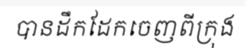
បានដឹកដែកចេញពីក្រុង